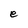
Character: e